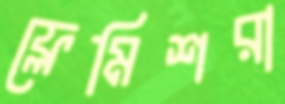
ফ্লেমিশরা